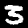
Label: 3